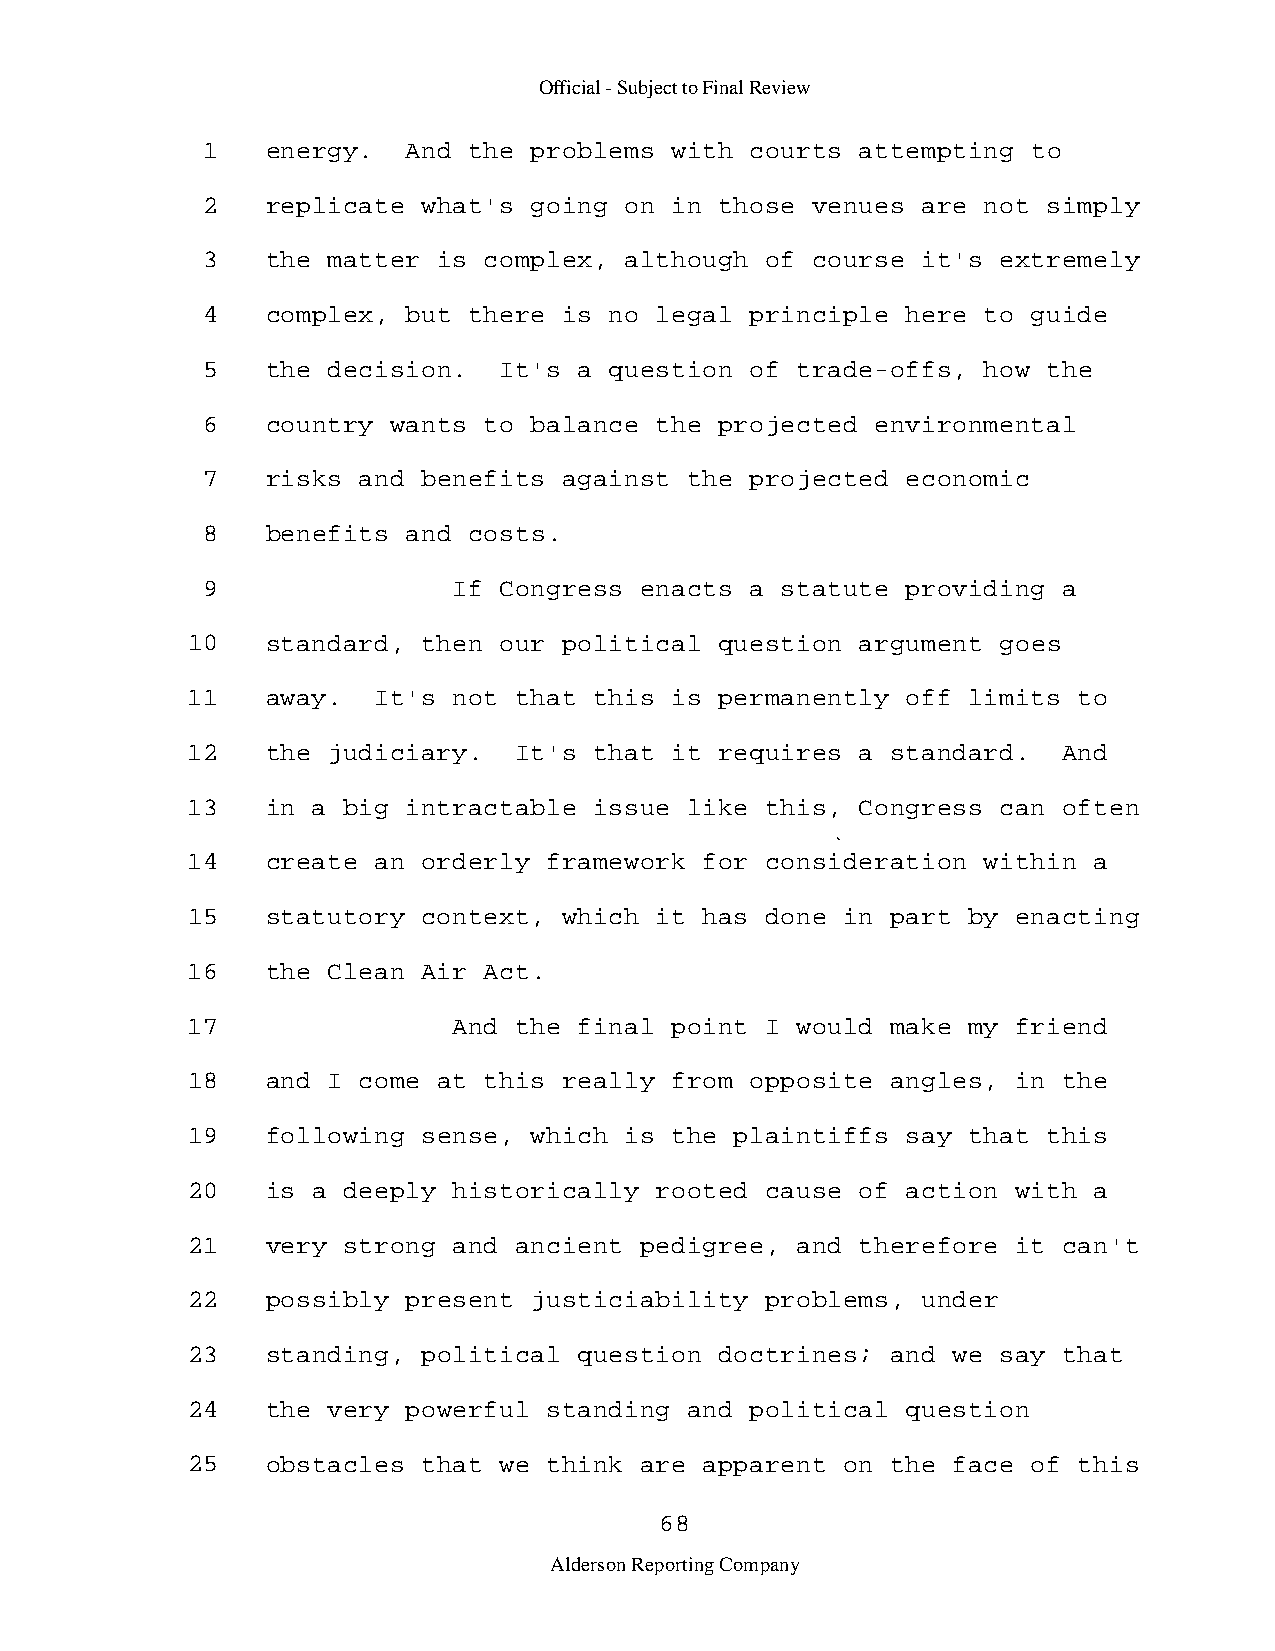
Official - Subject to Final Review
 1    energy.  And the problems with  courts attempting to
 2    replicate what's going on in  those venues are not simply
 3    the matter is complex, although  of course it's extremely
 4    complex, but there is no legal  principle here to guide
 5    the decision.  It's a question  of trade-offs, how the
 6    country wants to balance the  projected environmental
 7    risks and benefits against  the projected economic
 8    benefits and costs.
 9                If Congress enacts  a statute providing a
 10    standard, then our political  question argument goes
 11    away.  It's not that this is  permanently off limits to
 12    the judiciary.  It's that it  requires a standard.  And
 13    in a big intractable issue  like this, Congress can often
 14    create an orderly framework  for consideration within a
 15    statutory context, which it  has done in part by enacting
 16    the Clean Air Act.
 17                And the final point  I would make my friend
 18    and I come at this really from  opposite angles, in the
 19    following sense, which is the  plaintiffs say that this
 20    is a deeply historically rooted  cause of action with a
 21    very strong and ancient pedigree,  and therefore it can't
 22    possibly present justiciability  problems, under
 23    standing, political question  doctrines; and we say that
 24    the very powerful standing  and political question
 25    obstacles that we think are  apparent on the face of this
 68
 Alderson Reporting Company